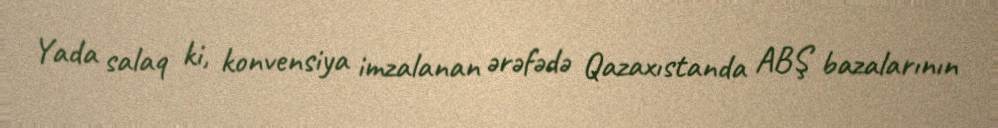
Yada salaq ki, konvensiya imzalanan ərəfədə Qazaxıstanda ABŞ bazalarının